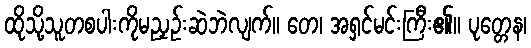
ထိုသို့သူတစပါးကိုမညှဉ်းဆဲဘဲလျက်။ တေ၊ အရှင်မင်းကြီး၏။ ပုတ္တေန၊